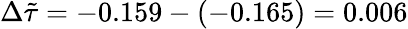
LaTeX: \Delta\tilde{\tau}=-0.159-(-0.165)=0.006